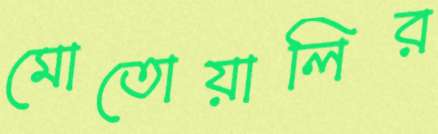
মোতোয়ালির